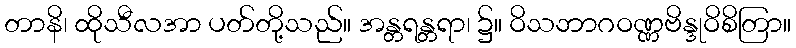
တာနိ၊ ထိုသီလအာ ပတ်တို့သည်။ အန္တရန္တရာ၊ ၌။ ဝိသဘာဂဝဏ္ဏဗိန္ဒုဝိစိတြာ။